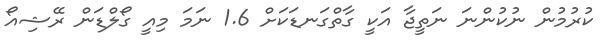
ކުރުމުން ނުކުންނަ ނަތީޖާ އަކީ ގާތްގަނޑަކަށް 1.6 ނަމަ މިއީ ގޯލްޑަން ރޭޝިއޯ